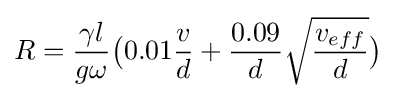
R={\frac {\gamma l}{g\omega }}{\big (}0.01{\frac {v}{d}}+{\frac {0.09}{d}}{\sqrt {\frac {v_{eff}}{d}}}{\big )}